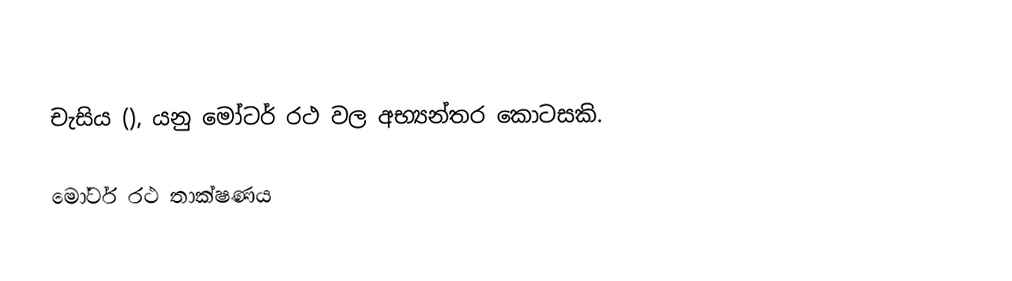
චැසිය (), යනු මෝටර් රථ වල අභ්‍යන්තර කොටසකි.

මෝටර් රථ තාක්ෂණය